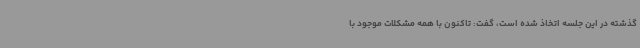
گذشته در این جلسه اتخاذ شده است، گفت: تاکنون با همه مشکلات موجود با